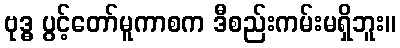
ဗုဒ္ဓ ပွင့်တော်မူကာစက ဒီစည်းကမ်းမရှိဘူး။